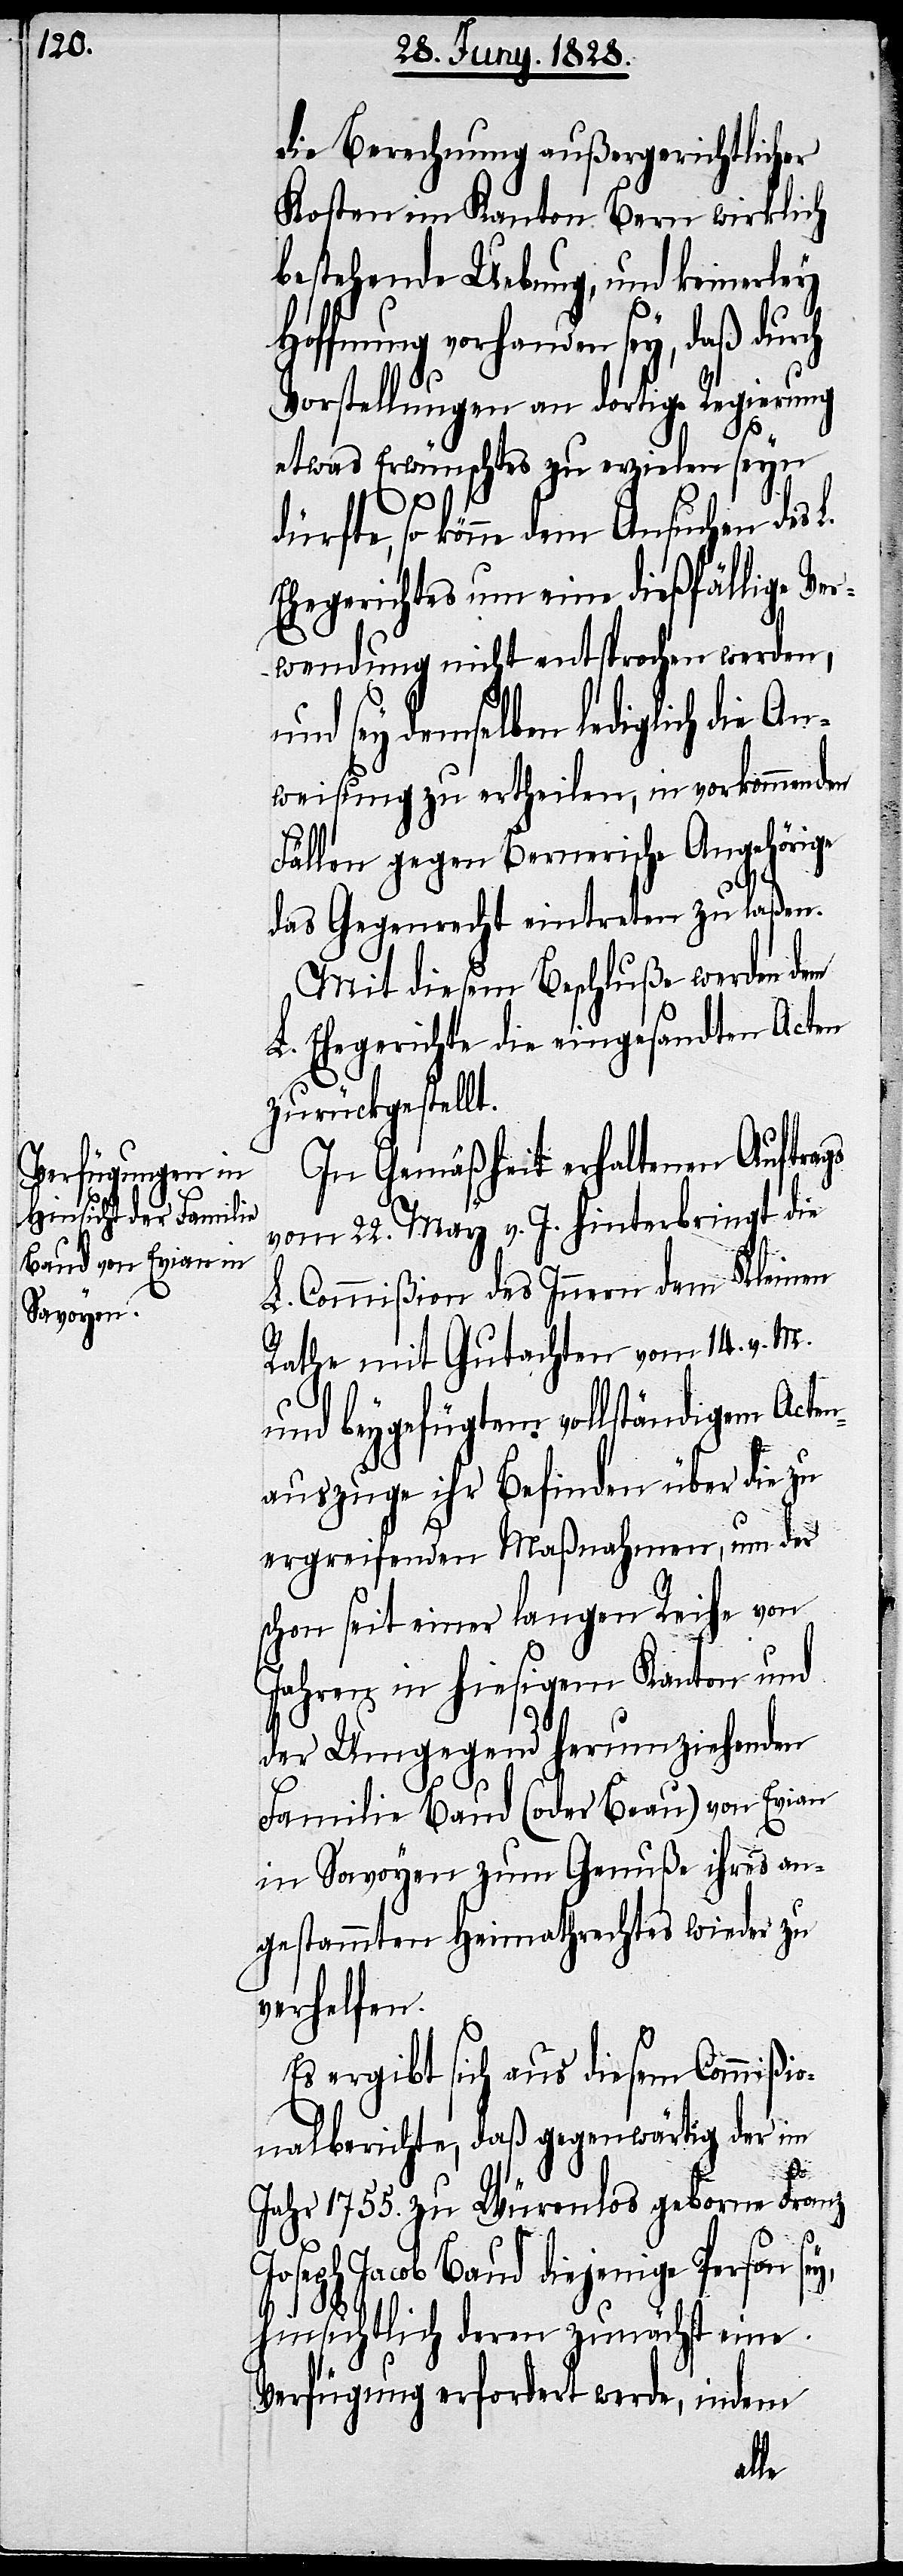
die Berechnung außergerichtlicher
Kosten im Kanton Bern wirklich
bestehende Uebung, und keinerley
Hoffnung vorhanden sey, daß durch
Vorstellungen an dortige Regierung
etwas Erwünschtes zu erzielen seyn
dürfte, so könne dem Ansuchen des L.
Ehegerichtes um eine dießfällige Ver¬
wendung nicht entsprochen werden,
und sey demselben lediglich die An¬
weisung zu ertheilen, in vorkommenden
Fällen gegen Bernerische Angehörige
das Gegenrecht eintreten zu laßen.
Mit diesem Beschluße werden dem
L. Ehegerichte die eingesandten Acten
zurückgestellt.
In Gemäßheit erhaltenen Auftrags
vom 22. May v. J. hinterbringt die
L. Commißion des Innern dem Kleinen
Rathe mit Gutachten vom 14. v. M.
und beygefügtem vollständigem Acte¬
nauszuge ihr Befinden über die zu
ergreifenden Maßnahmen, um der
schon seit einer langen Reihe von
Jahren in hiesigem Kanton und
der Umgegend herumziehenden
Familie Baud (oder Beau) von Evian
in Savoyen zum Genuße ihres an¬
gestammten Heimathrechtes wieder zu
verhelfen.
Es ergibt sich aus diesen Commißio¬
nalberichte, daß gegenwärtig der im
Jahr 1755. zu Würenlos geborne Franz
Joseph Jacob Baud diejenige Person
hinsichtlich deren zunächst eine
Verfügung erfordert werde, indem